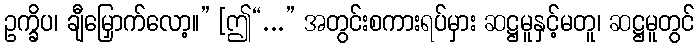
ဥက္ခိပ၊ ချီမြှောက်လော့။” [ဤ“...” အတွင်းစကားရပ်မှား ဆဋ္ဌမူနှင့်မတူ၊ ဆဋ္ဌမူတွင်